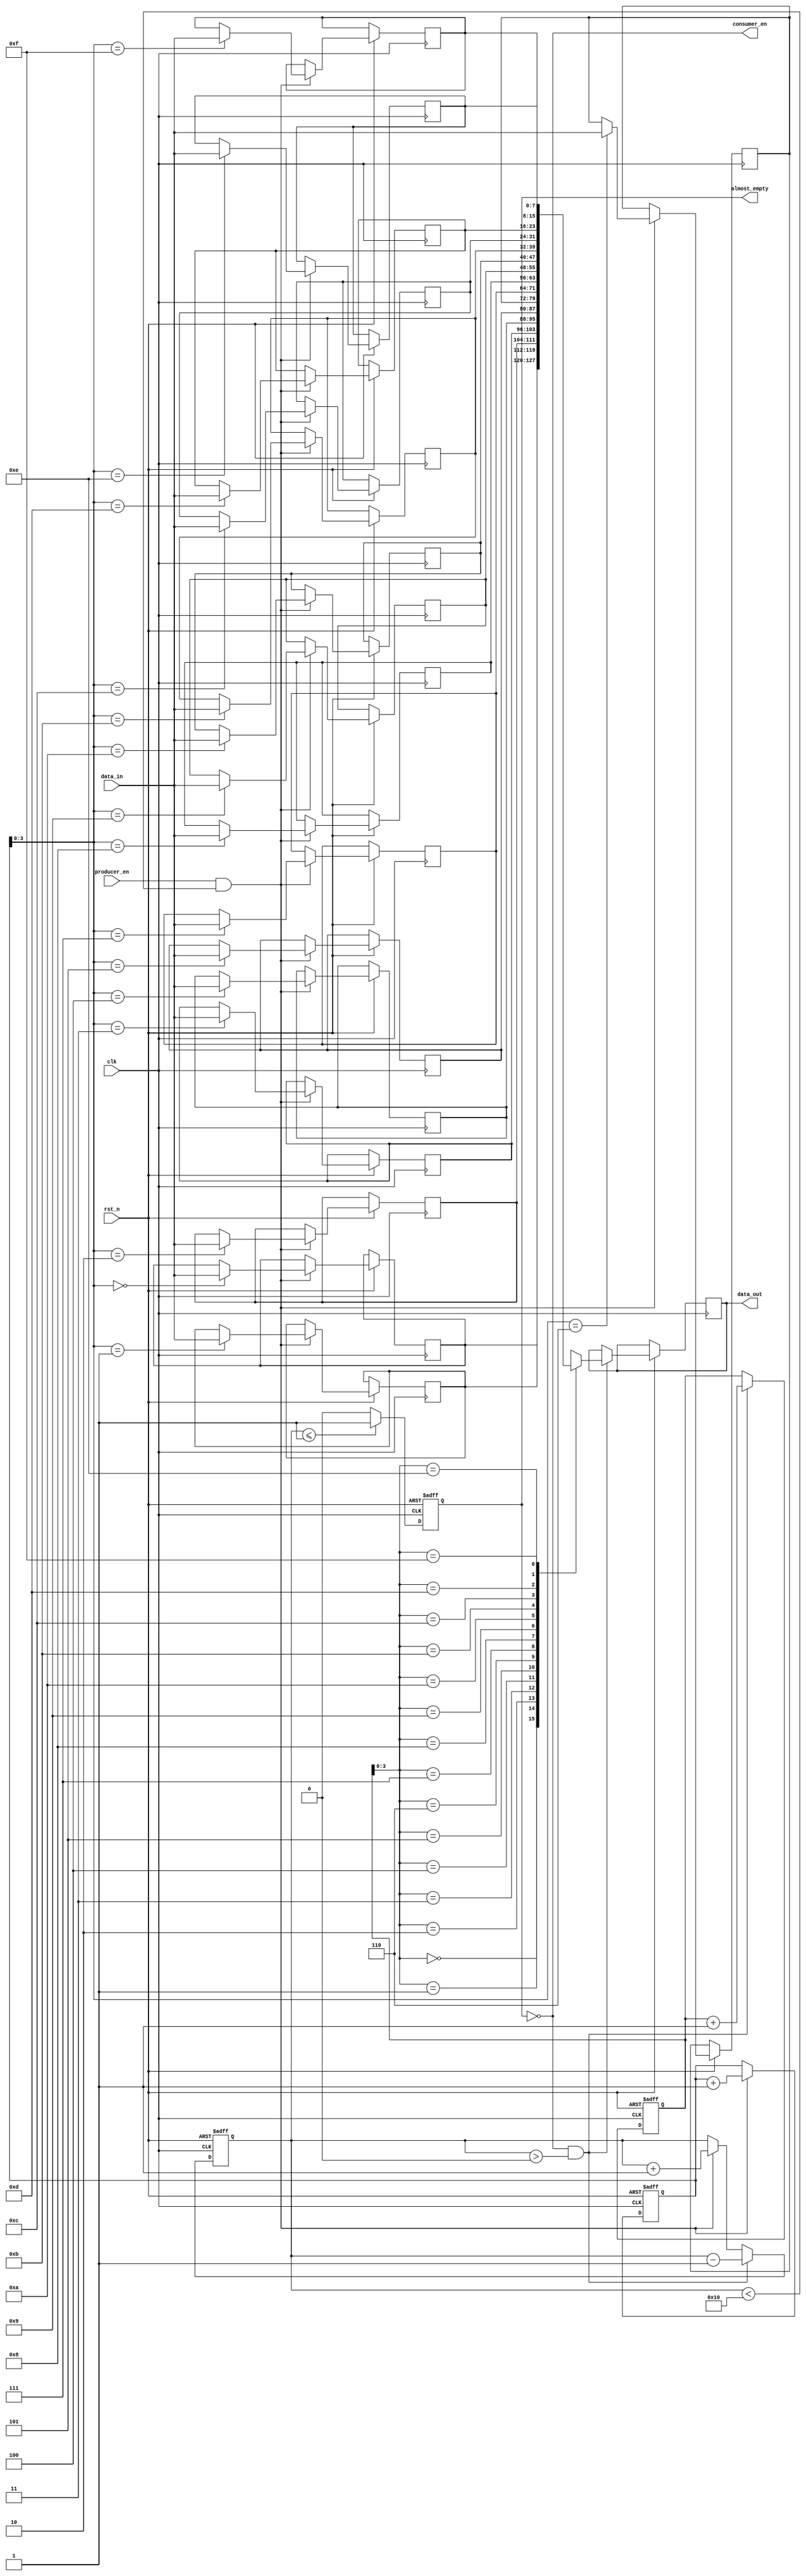
module almost_empty_fifo (
    input wire clk,
    input wire rst_n,
    input wire producer_en,
    input wire [DATA_WIDTH-1:0] data_in,
    output reg almost_empty,
    output wire consumer_en,
    output wire [DATA_WIDTH-1:0] data_out
);

parameter FIFO_DEPTH = 16;
parameter DATA_WIDTH = 8;

reg [DATA_WIDTH-1:0] fifo_buffer [0:FIFO_DEPTH-1];
reg [4:0] wr_ptr = 0;
reg [4:0] rd_ptr = 0;

reg [4:0] buffer_count;

always @(posedge clk or negedge rst_n) begin
    if (~rst_n) begin
        wr_ptr <= 0;
        rd_ptr <= 0;
        buffer_count <= 0;
        almost_empty <= 1'b0;
    end else begin
        if (producer_en && buffer_count < FIFO_DEPTH) begin
            fifo_buffer[wr_ptr] <= data_in;
            wr_ptr <= wr_ptr + 1;
            buffer_count <= buffer_count + 1;
        end
        
        if (consumer_en && buffer_count > 0) begin
            data_out <= fifo_buffer[rd_ptr];
            rd_ptr <= rd_ptr + 1;
            buffer_count <= buffer_count - 1;
        end
        
        if (buffer_count <= 1) begin
            almost_empty <= 1'b1;
        end else begin
            almost_empty <= 1'b0;
        end
    end
end

assign consumer_en = ~almost_empty;

endmodule